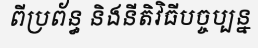
ពីប្រព័ន្ធ និងនីតិវិធីបច្ចប្បន្ន